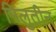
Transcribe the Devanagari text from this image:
मिलुतीन